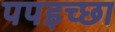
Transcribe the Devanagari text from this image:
पपइच्छा